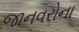
જાનવરોના